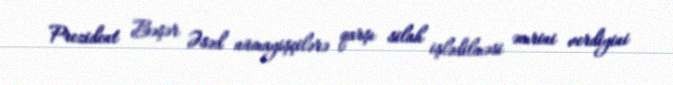
Prezident Bəşər Əsəd nümayişçilərə qarşı silah işlədilməsi əmrini verdiyini